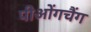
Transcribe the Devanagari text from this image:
पीओंगचैंग